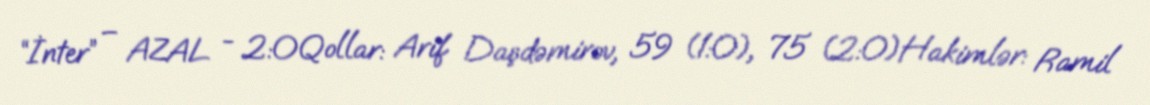
“İnter” – AZAL - 2:0Qollar: Arif Daşdəmirov, 59 (1:0), 75 (2:0)Hakimlər: Ramil